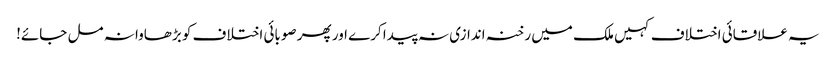
یہ علاقائی اختلاف کہیں ملک میں رخنہ اندازی نہ پیدا کرے اور پھر صوبائی اختلاف کو بڑھاوا نہ مل جائے!